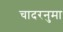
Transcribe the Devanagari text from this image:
चादरनुमा